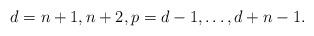
LaTeX: \begin{align*}d=n+1, n+2, p=d-1, \dots , d+n-1.\end{align*}